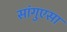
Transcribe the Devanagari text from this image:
सांगुएसा